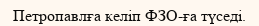
Петропавлға келіп ФЗО-ға түседі.